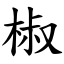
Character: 椒